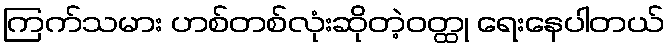
ကြက်သမား ဟစ်တစ်လုံးဆိုတဲ့ဝတ္ထု ရေးနေပါတယ်